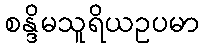
စန္ဒိမသူရိယဥပမာ